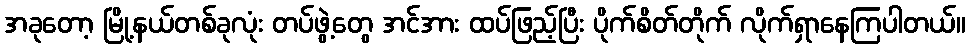
အခုတော့ မြို့နယ်တစ်ခုလုံး တပ်ဖွဲ့တွေ အင်အား ထပ်ဖြည့်ပြီး ပိုက်စိတ်တိုက် လိုက်ရှာနေကြပါတယ်။